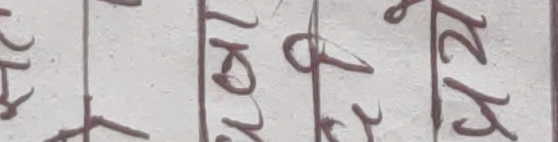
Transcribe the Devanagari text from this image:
१०
१
८
९
१२
१२